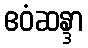
ဧဝံဆန္ဒာ